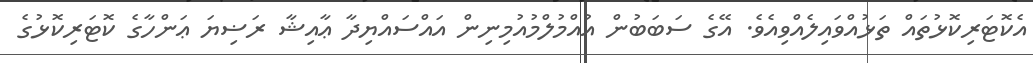
އެކޮޓަރިކޮޅުތައް ތަޅުއްވައިލެއްވިއެވެ. އޭގެ ސަބަބުން އުއްމުލްމުއުމިނިން އައްސައްޔިދާ ޢާއިޝާ ރަޟިޔަ ޢަންހާގެ ކޮޓަރިކޮޅުގެ